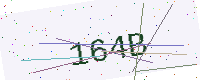
Text: 164B